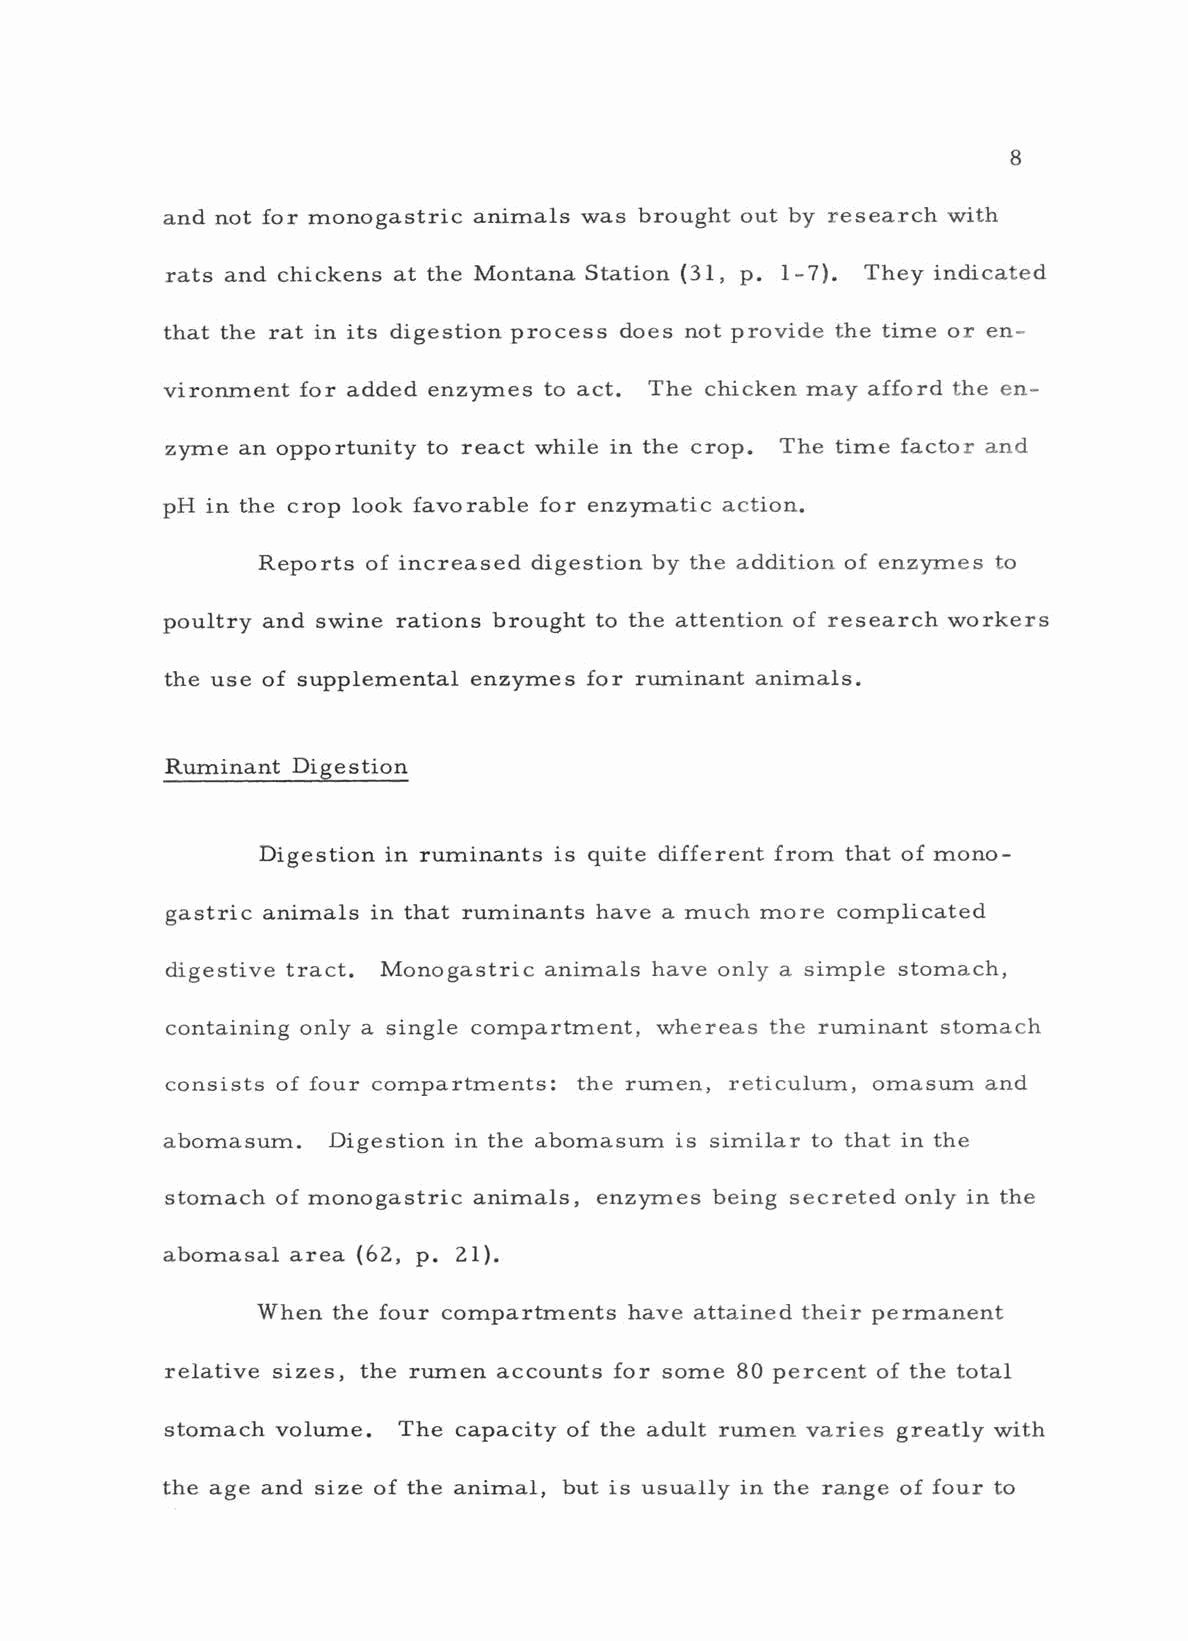
8
 and not for monogastric animals was brought out by research with
 rats and chickens at the Montana Station (31, p. -7). They indicated
 1
 that the rat in its digestion process does not provide the time or en-
 vironment for added enzymes to act. The chicken may afford the en-
 zyme an opportunity to react while in the crop. The time factor and
 pH in the crop look favorable for enzymatic action.
 Reports of increased digestion by the addition of enzymes to
 poultry and swine rations brought to the attention of research workers
 the use of supplemental enzymes for ruminant animals.
 Ruminant Digestion
 Digestion in ruminants is quite different from that of mono -
 gastric animals in that ruminants have a much more complicated
 digestive tract. Monogastric animals have only a simple stomach,
 containing only a single compartment, whereas the ruminant stomach
 consists of four compartments: the rumen, reticulum, omasum and
 abomasum.  Digestion in the abomasum is similar to that in the
 stomach of monogastric animals, enzymes being secreted only in the
 abomasal area (62, p. 21).
 When the four compartments have attained their permanent
 relative sizes, the rumen accounts for some 80 percent of the total
 stomach volume. The capacity of the adult rumen varies greatly with
 the age and size of the animal, but is usually in the range of four to